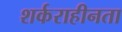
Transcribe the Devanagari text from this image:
शर्कराहीनता